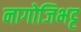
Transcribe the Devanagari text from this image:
नागोजिभट्ट